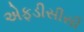
એફડીસીસી